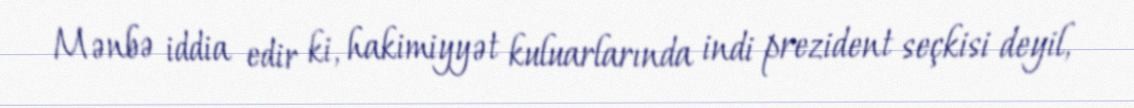
Mənbə iddia edir ki, hakimiyyət kuluarlarında indi prezident seçkisi deyil,